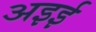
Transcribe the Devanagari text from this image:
अइई